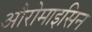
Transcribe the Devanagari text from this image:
औरोमाइसिन